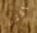
أكثر